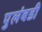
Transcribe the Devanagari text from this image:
पुलंबडी